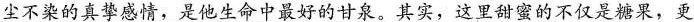
尘不染的真挚感情，是他生命中最好的甘泉。其实，这里甜蜜的不仅是糖果，更